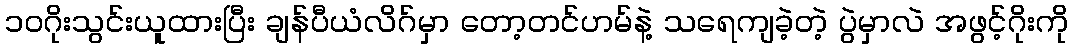
၁၀ဂိုးသွင်းယူထားပြီး ချန်ပီယံလိဂ်မှာ တော့တင်ဟမ်နဲ့ သရေကျခဲ့တဲ့ ပွဲမှာလဲ အဖွင့်ဂိုးကို